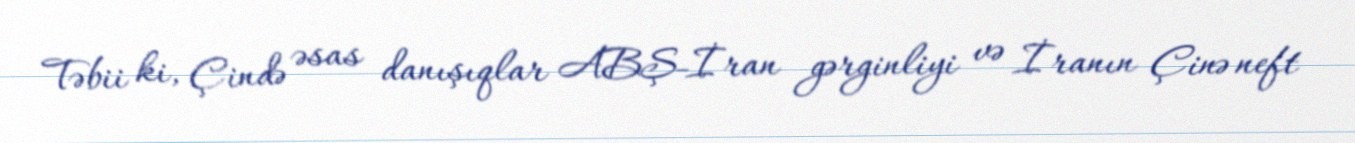
Təbii ki, Çində əsas danışıqlar ABŞ-İran gərginliyi və İranın Çinə neft